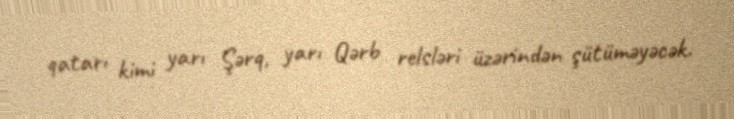
qatarı kimi yarı Şərq, yarı Qərb relsləri üzərindən şütüməyəcək.